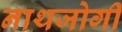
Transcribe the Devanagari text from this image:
नाथजोगी